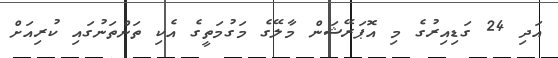
އަދި 24 ގަޑިއިރުގެ މި އޮޕަރޭޝަން މާލޭގެ މަގުމަތީގެ އެކި ތަންތަނުގައި ކުރިއަށް